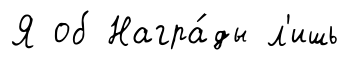
Я об Награ́ды л'ишь